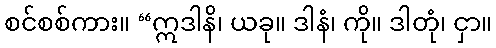
စင်စစ်ကား။ “ဣဒါနိ၊ ယခု။ ဒါနံ၊ ကို။ ဒါတုံ၊ ငှာ။